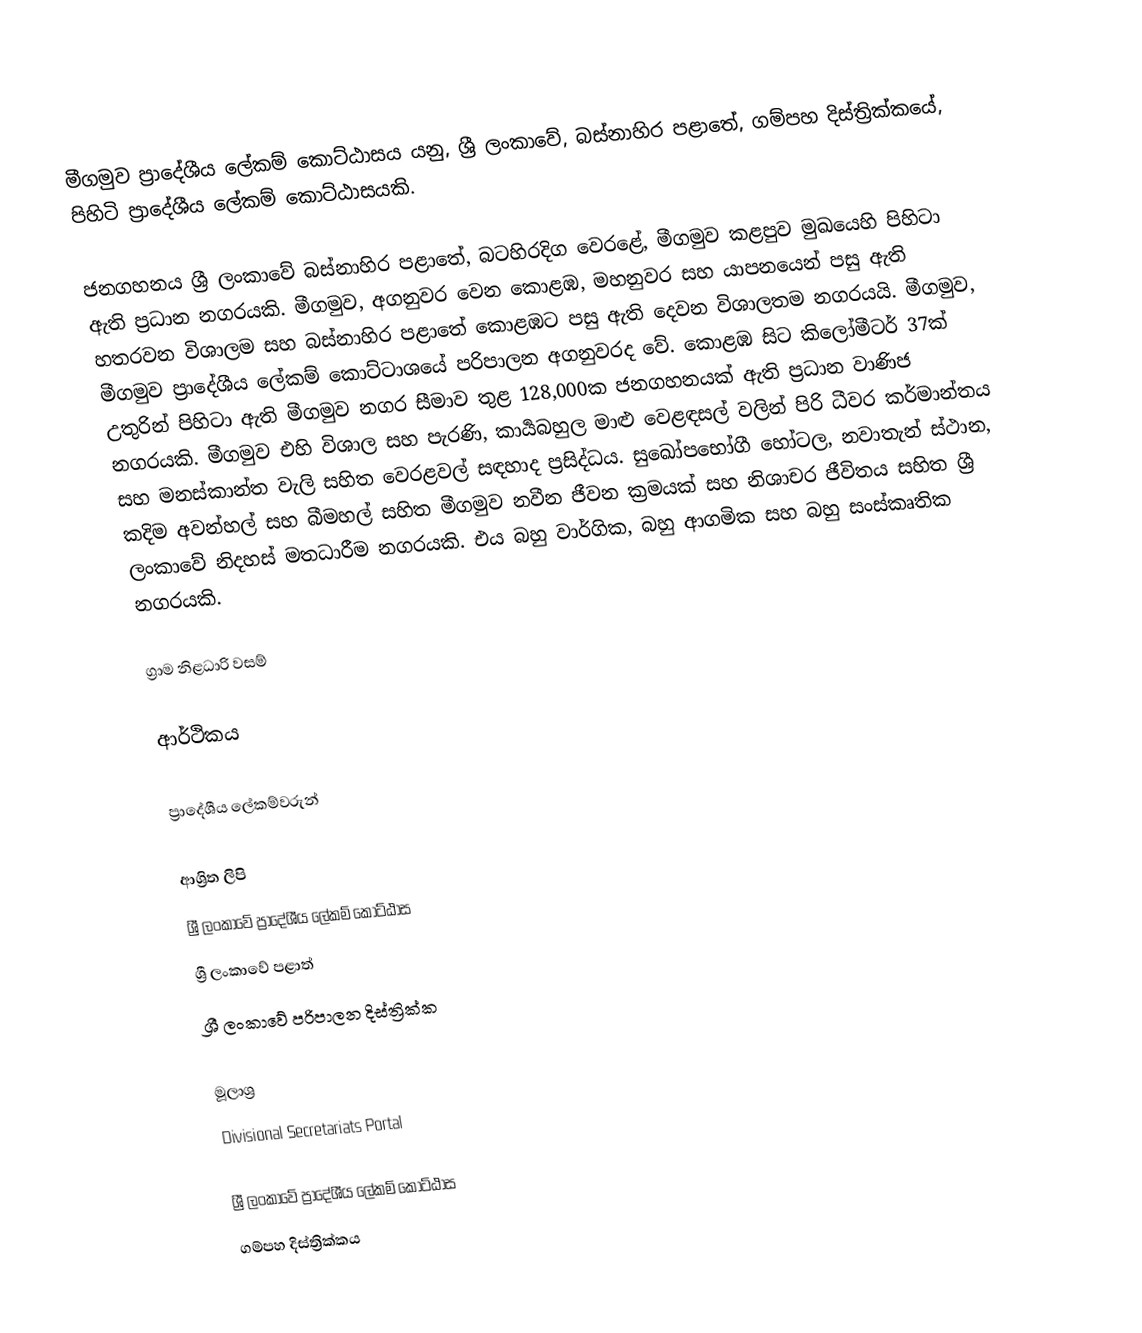
මීගමුව ප්‍රාදේශීය ලේකම් කොට්ඨාසය යනු,  ශ්‍රී ලංකාවේ, බස්නාහිර පළාතේ,   ගම්පහ දිස්ත්‍රික්කයේ, පිහිටි ප්‍රාදේශීය ලේකම් කොට්ඨාසයකි.

ජනගහනය  ශ්‍රී ලංකාවේ බස්නාහිර පළාතේ, බටහිරදිග වෙරළේ, මීගමුව කළපුව මුඛයෙහි පිහිටා ඇති ප්‍රධාන නගරයකි. මීගමුව, අගනුවර වෙන කොළඹ, මහනුවර සහ යාපනයෙන් පසු ඇති හතරවන විශාලම සහ බස්නාහිර පළාතේ කොළඹට පසු ඇති දෙවන විශාලතම නගරයයි. මීගමුව, මීගමුව ප්‍රාදේශීය ලේකම් කොට්ටාශයේ පරිපාලන අගනුවරද වේ. කොළඹ සිට කිලෝමීටර් 37ක් උතුරින් පිහිටා ඇති මීගමුව නගර සීමාව තුළ 128,000ක ජනගහනයක් ඇති ප්‍රධාන වාණිජ නගරයකි. මීගමුව එහි විශාල සහ පැරණි, කාර්‍යබහුල මාළු වෙළඳසල් වලින් පිරි ධීවර කර්මාන්තය සහ මනස්කාන්ත වැලි සහිත වෙරළවල් සඳහාද ප්‍රසිද්ධය. සුඛෝපභෝගී හෝටල, නවාතැන් ස්ථාන, කදිම අවන්හල් සහ බීමහල් සහිත මීගමුව නවීන ජීවන ක්‍රමයක් සහ නිශාචර ජීවිතය සහිත ශ්‍රී ලංකාවේ නිදහස් මතධාරීම නගරයකි. එය බහු වාර්ගික, බහු ආගමික සහ බහු සංස්කෘතික නගරයකි.

ග්‍රාම නිළධාරි වසම්

ආර්ථිකය

ප්‍රාදේශීය ලේකම්වරුන්

ආශ්‍රිත ලිපි
ශ්‍රී ලංකාවේ ප්‍රාදේශීය ලේකම් කොට්ඨාස
ශ්‍රී ලංකාවේ පළාත්
ශ්‍රී ලංකාවේ පරිපාලන දිස්ත්‍රික්ක

මූලාශ්‍ර
 Divisional Secretariats Portal

ශ්‍රී ලංකාවේ ප්‍රාදේශීය ලේකම් කොට්ඨාස
ගම්පහ දිස්ත්‍රික්කය